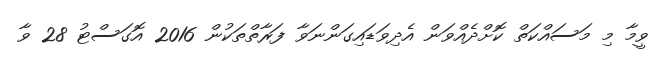
ވީމާ މި މަސައްކަތް ކޮށްދެއްވަން އެދިވަޑައިގަންނަވާ ފަރާތްތަކުން 2016 އޮގަސްޓު 28 ވާ